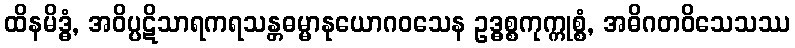
ထိနမိဒ္ဓံ, အဝိပ္ပဋိသာရကရသန္တဓမ္မာနုယောဂဝသေန ဥဒ္ဓစ္စကုက္ကုစ္စံ, အဓိဂတဝိသေသဿ